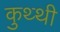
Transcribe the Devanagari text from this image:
कुथ्थी